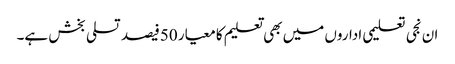
ان نجی تعلیمی اداروں میں بھی تعلیم کا معیار 50فیصد تسلی بخش ہے۔